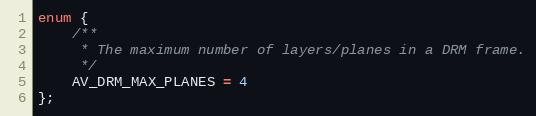
Language: C
enum {
    /**
     * The maximum number of layers/planes in a DRM frame.
     */
    AV_DRM_MAX_PLANES = 4
};